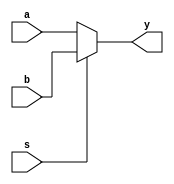
`timescale 1ns / 1ps
//////////////////////////////////////////////////////////////////////////////////
// Company: 
// Engineer: 
// 
// Design Name: 
// Module Name: mux2to1
// Project Name: 
// Target Devices: 
// Tool Versions: 
// Description: 
// 
// Dependencies: 
// 
// Revision:
// Revision 0.01 - File Created
// Additional Comments:
// 
//////////////////////////////////////////////////////////////////////////////////

// s = 1 choose a, other choose b
module mux2to1 #(parameter WIDTH=32)(
    input [WIDTH-1:0] a,
    input [WIDTH-1:0] b,
    input s,
    output [WIDTH-1:0] y
    );

    assign y = s ? b : a;
endmodule